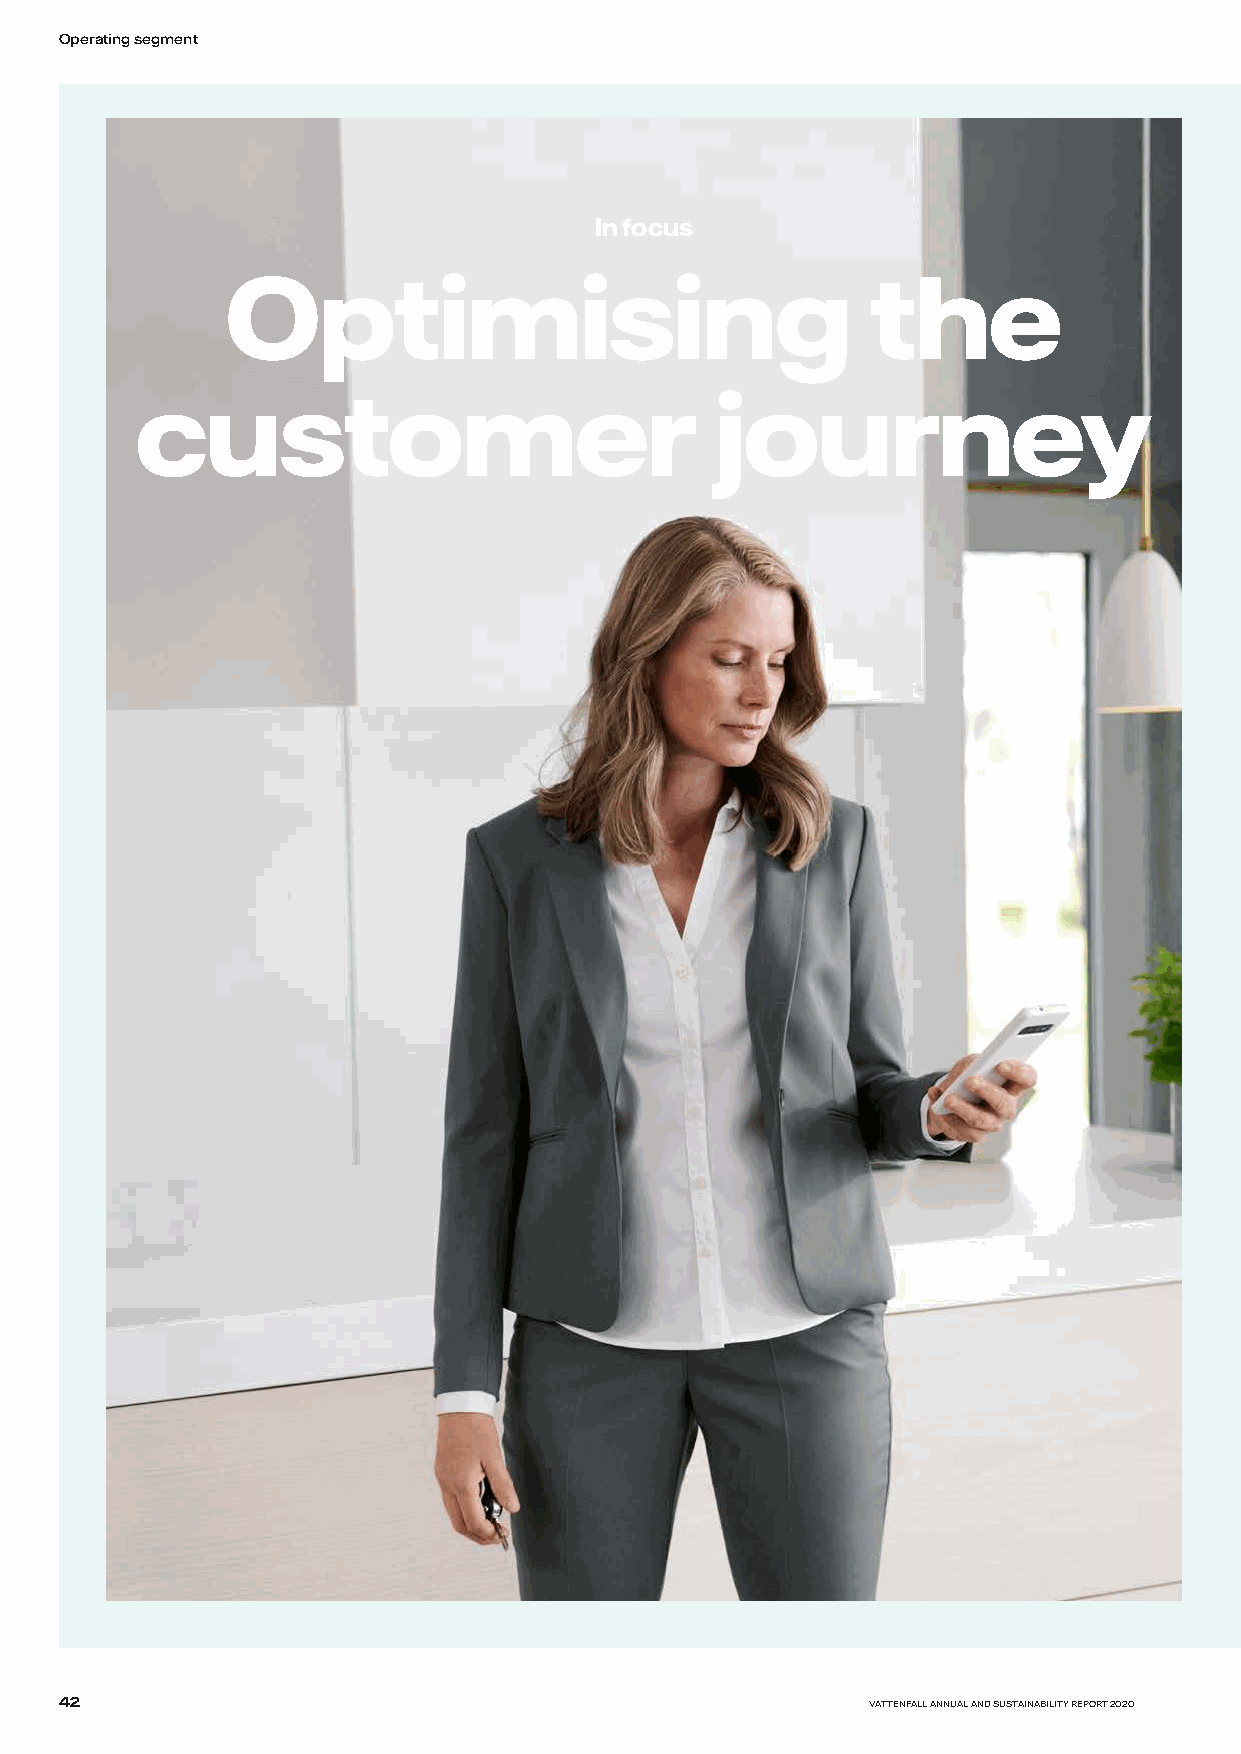
Operating segment
 In focus
 Optimising                                 the
 customer                              journey
 42                                                    VATTENFALL ANNUAL AND SUSTAINABILITY REPORT 2020